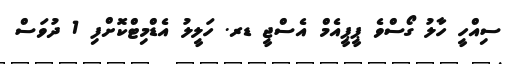
ސިއްހީ ހާލު ގޯސްވެ ޕީޕީއެމް އެސްޖީ ޑރ. ހަލީލު އެޑްމިޓްކޮށްފި 1 ދުވަސް